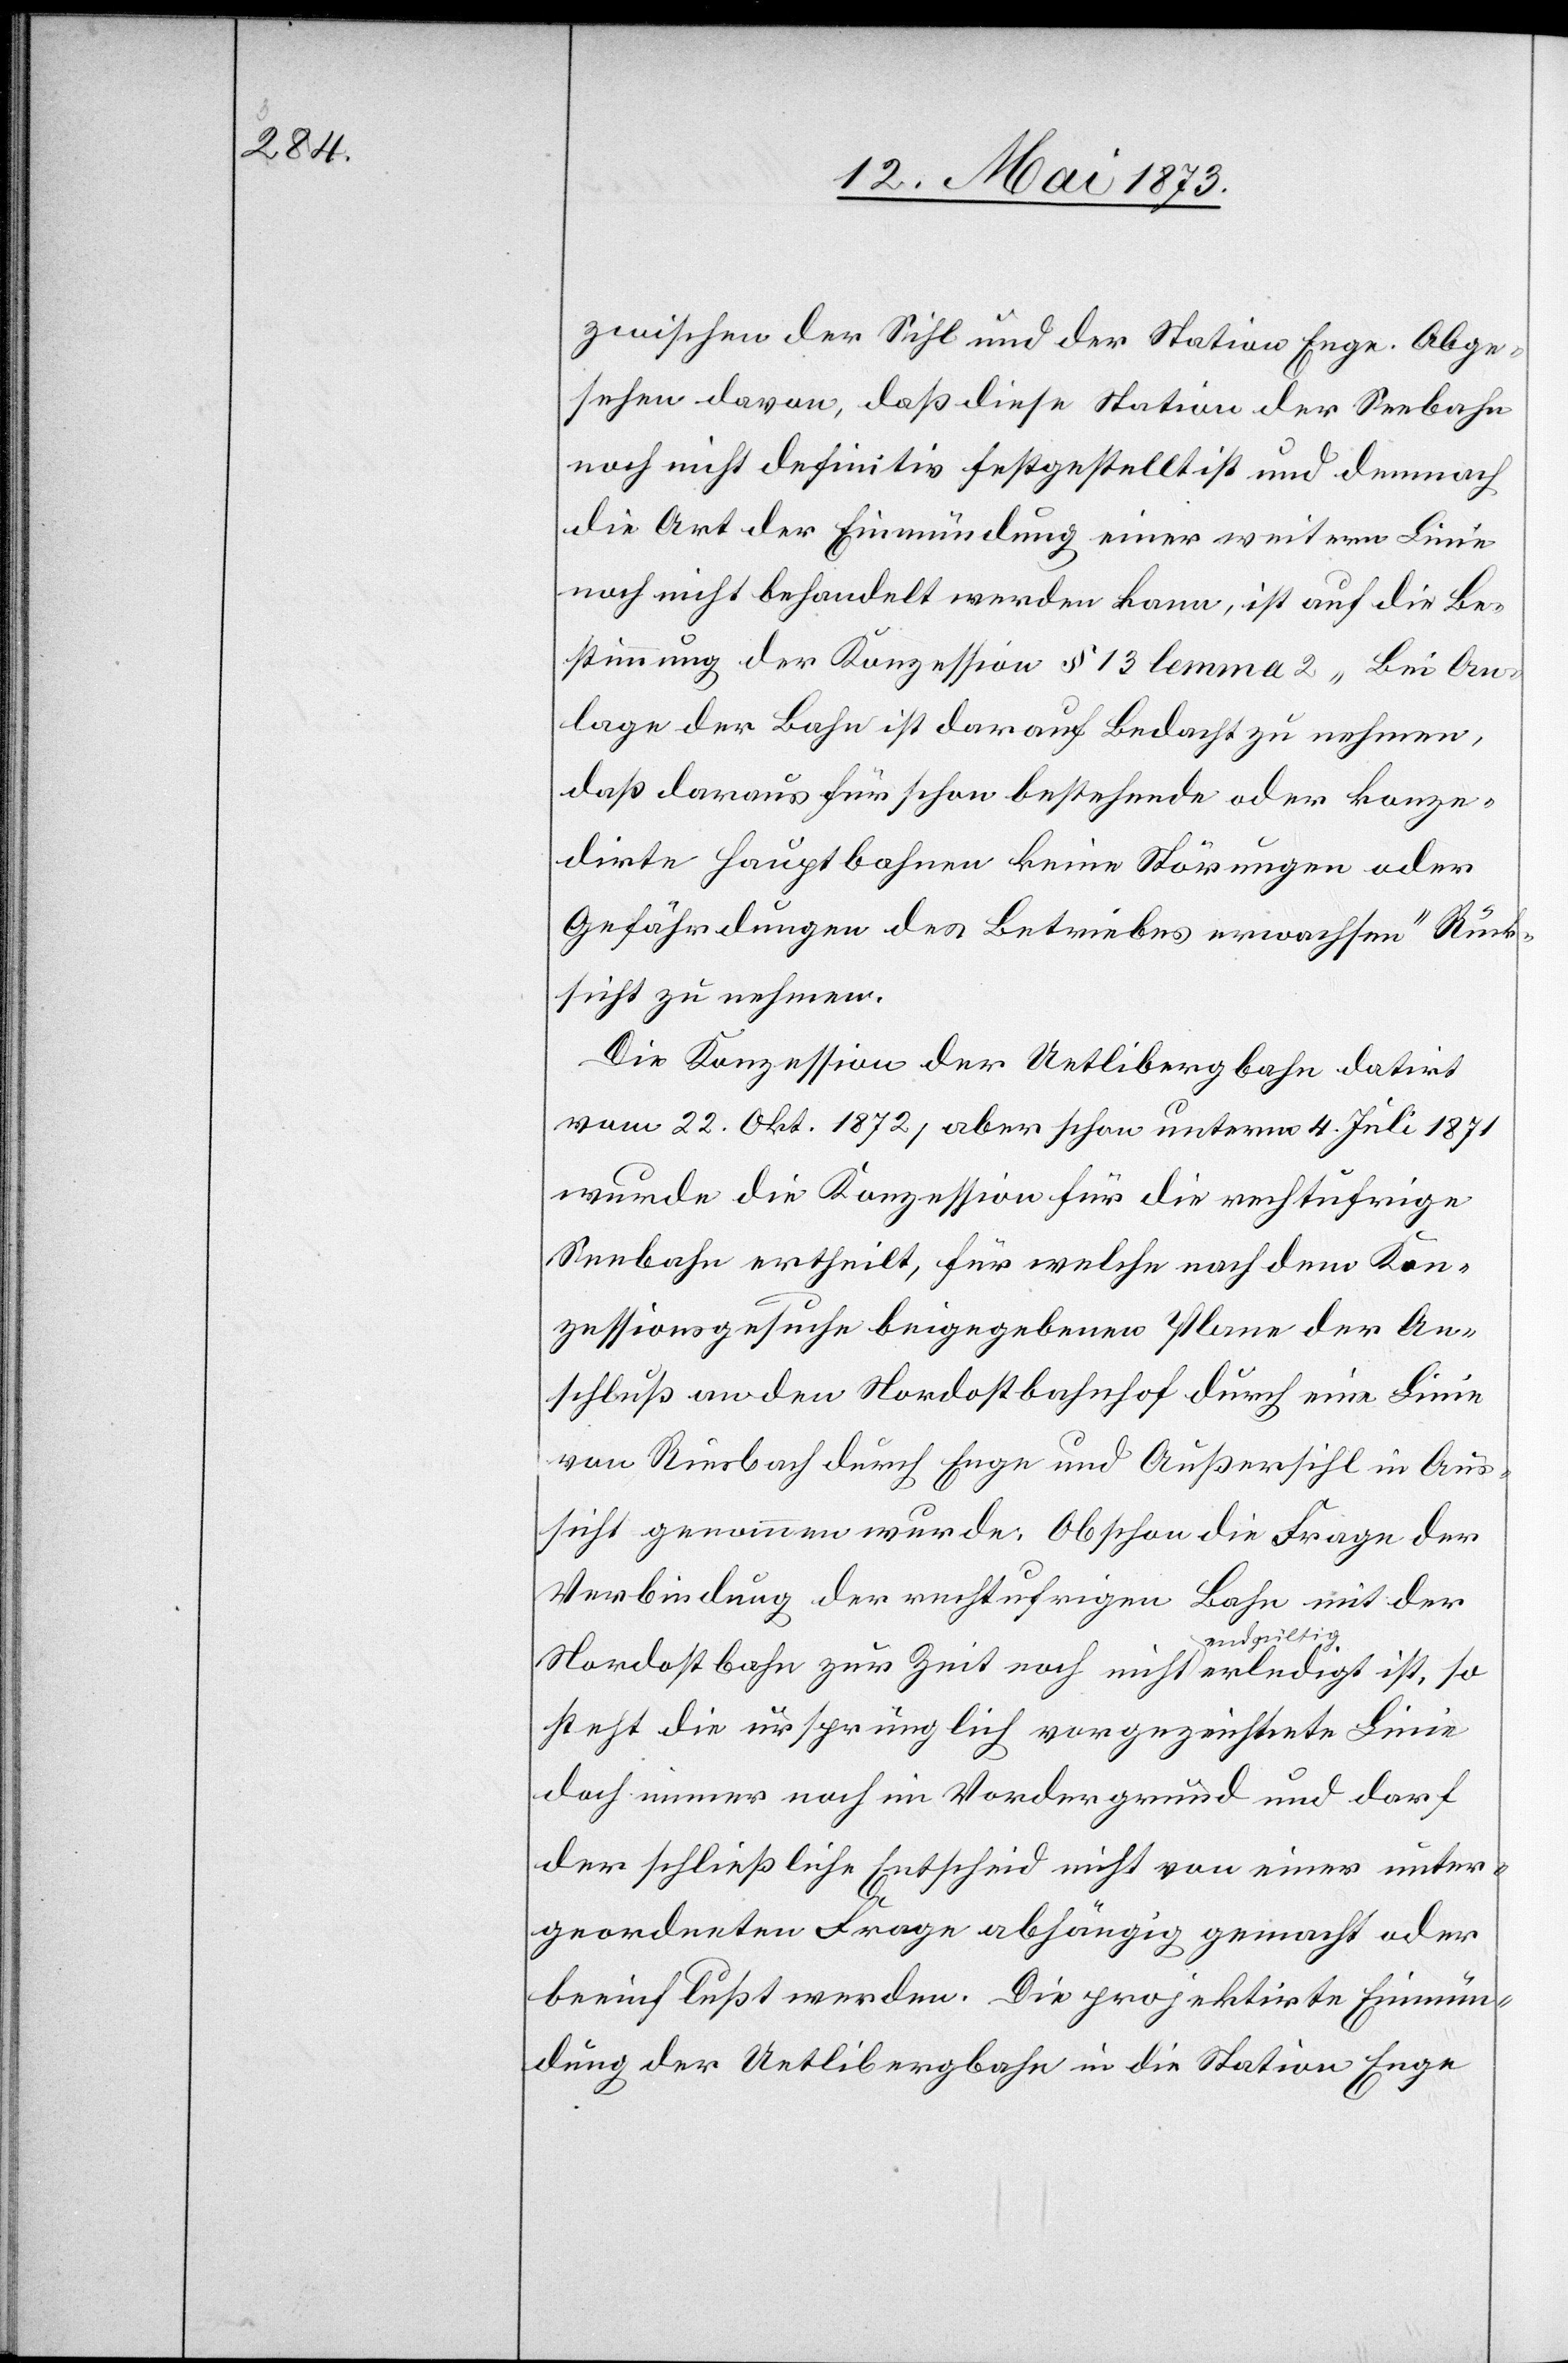
zwischen der Sihl und der Station Enge. Abge¬
sehen davon, daß diese Station der Seebahn
noch nicht definitiv festgestellt ist und demnach
die Art der Einmündung einer weitern Linie
noch nicht behandelt werden kann, ist auf die Be¬
stimmung der Konzession § 13 lemma 2 „Bei An¬
lage der Bahn ist darauf Bedacht zu nehmen,
daß daraus für schon bestehende oder konze¬
dirte Hauptbahnen keine Störungen oder
Gefährdungen des Betriebes erwachsen“ Rück¬
sicht zu nehmen.
Die Konzession der Uetlibergbahn datirt
vom 22. Okt. 1872, aber schon unterm 4. Juli 1871
wurde die Konzession für die rechtufrige
Seebahn ertheilt, für welche nach dem Kon¬
zessionsgesuche beigegebenen Plane der An¬
schluß an den Nordostbahnhof durch eine Linie
von Riesbach durch Enge und Außersihl in Aus¬
sicht genommen wurde. Obschon die Frage der
Verbindung der rechtufrigen Bahn mit der
Nordostbahn zur Zeit noch nicht endgültig erledigt ist, so
steht die ursprünglich vorgezeichnete Linie
doch immer noch im Vordergrund und darf
der schließliche Entscheid nicht von einer unter¬
geordneten Frage abhängig gemacht oder
beeinflußt werden. Die projektirte Einmün¬
dung der Uetlibergbahn in die Station Enge